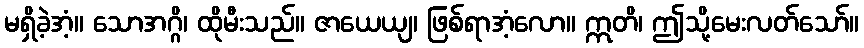
မရှိခဲ့အံ့။ သောအဂ္ဂိ၊ ထိုမီးသည်။ ဇာယေယျ၊ ဖြစ်ရာအံ့လော။ ဣတိ၊ ဤသို့မေးလတ်သော်။